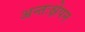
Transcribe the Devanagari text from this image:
अन्तःक्षेपन